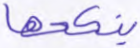
ينكحها